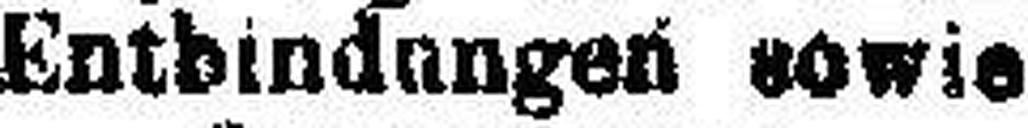
Entbindungen sowie